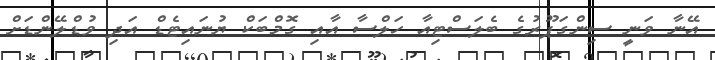
އޭނާ ވަނީ ސިންގަޕޫރުގެ ބެލަސްޓިއާ ހަލްސާ އާއި ގޮމްބަކް ޔުނައިޓެޑް އަދި ވުޑްލޭންޑަށް